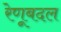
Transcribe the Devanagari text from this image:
रेणूबदल